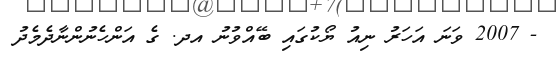
- 2007 ވަނަ އަހަރު ނިއު ޔޯކުގައި ބޭއްވުނު އދ. ގެ އަންހެނުންނާދެމެދު